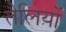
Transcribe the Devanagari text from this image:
तैलियों